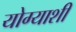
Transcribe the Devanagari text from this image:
योग्याशी